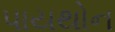
પાયથોન